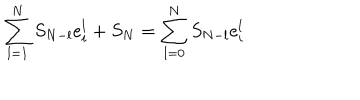
\sum _ { l = 1 } ^ { N } S _ { N - l } e _ { i } ^ { l } + S _ { N } = \sum _ { l = 0 } ^ { N } S _ { N - l } e _ { i } ^ { l }